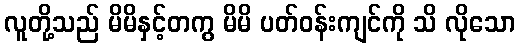
လူတို့သည် မိမိနှင့်တကွ မိမိ ပတ်ဝန်းကျင်ကို သိ လိုသော